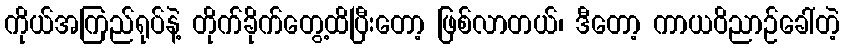
ကိုယ်အကြည်ရုပ်နဲ့ တိုက်ခိုက်တွေ့ထိပြီးတော့ ဖြစ်လာတယ်၊ ဒီတော့ ကာယဝိညာဉ်ခေါ်တဲ့